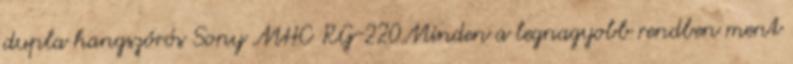
dupla hangszórós Sony MHC RG-220Minden a legnagyobb rendben ment